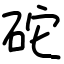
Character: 砣